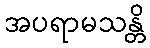
အပရာမသန္တိ